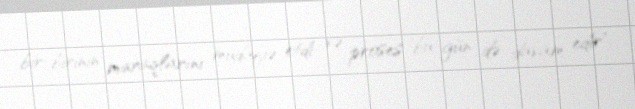
bir-birinin maraqlarını müdafiə etdi və proses bu gün də davam edir".